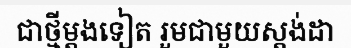
ជាថ្មីម្តងទៀត រួមជាមួយស្តង់ដា